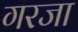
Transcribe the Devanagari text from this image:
गरजा